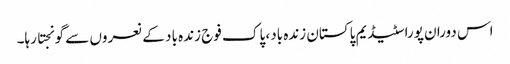
اس دوران پورا سٹیڈیم پاکستان زندہ باد، پاک فوج زندہ باد کے نعروں سے گونجتا رہا۔